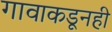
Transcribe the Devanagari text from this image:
गावाकडूनही